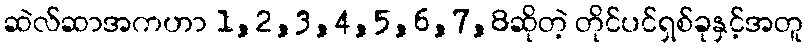
ဆဲလ်ဆာအကဟာ 1,2,3,4,5,6,7,8ဆိုတဲ့ တိုင်ပင်ရှစ်ခုနှင့်အတူ